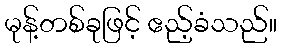
မုန့်တစ်ခုဖြင့် ဧည့်ခံသည်။